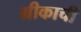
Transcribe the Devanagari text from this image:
ग्रीकाची